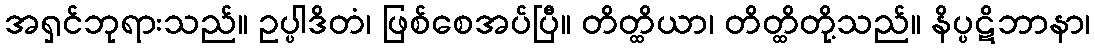
အရှင်ဘုရားသည်။ ဥပ္ပါဒိတံ၊ ဖြစ်စေအပ်ပြီ။ တိတ္ထိယာ၊ တိတ္ထိတို့သည်။ နိပ္ပဋိဘာနာ၊